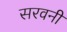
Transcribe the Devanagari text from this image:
सरवनी